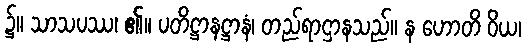
၌။ သာသပဿ၊ ၏။ ပတိဋ္ဌာနဋ္ဌာနံ၊ တည်ရာဌာနသည်။ န ဟောတိ ဝိယ၊